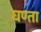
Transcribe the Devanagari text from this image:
घण्ता